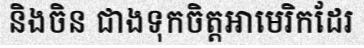
និងចិន ជាងទុកចិត្តអាមេរិកដែរ